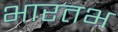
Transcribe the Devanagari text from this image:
भारतभ